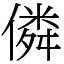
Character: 僯